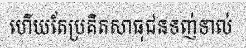
ហើយតែប្រគិតសាធុជនទញ់ទាល់